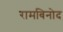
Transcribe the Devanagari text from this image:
रामबिनोद